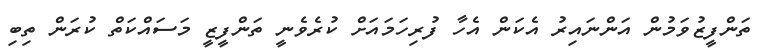
ތަންފީޒުވަމުން އަންނައިރު އެކަން އެހާ ފުރިހަމައަށް ކުރެވެނީ ތަންފީޒީ މަސައްކަތް ކުރަން ތިބި